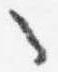
々